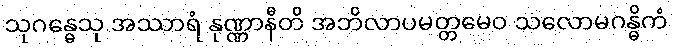
သုဂန္ဓေသု အဿာရံ နုဏ္ဏာနီတိ အဘိလာပမတ္တမေဝ သလောမဂန္ဓိကံ